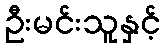
ဦးမင်းသူနှင့်